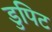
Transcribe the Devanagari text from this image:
डुपिट